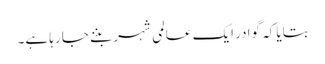
بتایا کہ گوادر ایک عالمی شہر بننے جا رہا ہے۔